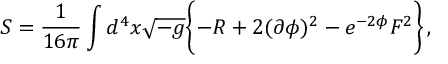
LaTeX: S = \frac { 1 } { 1 6 \pi } \int d ^ { 4 } x \sqrt { - g } \biggl \{ - R + 2 ( \partial \phi ) ^ { 2 } - e ^ { - 2 \phi } F ^ { 2 } \biggr \} \, ,